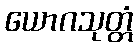
ယောဂသုတ္တံ